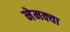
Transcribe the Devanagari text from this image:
नेमक्‍या